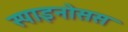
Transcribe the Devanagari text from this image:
स्पाइनोसस